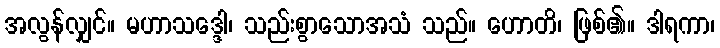
အလွန်လျှင်။ မဟာသဒ္ဒေါ၊ သည်းစွာသောအသံ သည်။ ဟောတိ၊ ဖြစ်၏။ ဒါရကာ၊